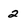
Character: 2